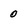
Character: 0